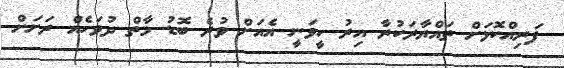
ފަރިއްކޮޅަށް ތައްޔާރަކުރާ އިރު ހީވަނީ އެއަށް ވުރެ ބޮޑު މާތް ދުވަހެއް ރަށަށް